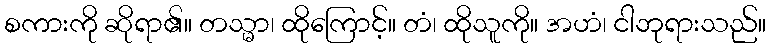
စကားကို ဆိုရာ၏။ တသ္မာ၊ ထိုကြောင့်။ တံ၊ ထိုသူကို။ အဟံ၊ ငါဘုရားသည်။